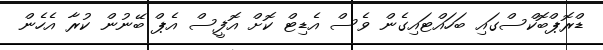
ޑްރޮޕްބޮކްސްގައި ބަހައްޓައިގެން ވެސް އެޑިޓް ކޮށް އޮފީސް އެޕް ބޭނުން ކުރާ އެހެން